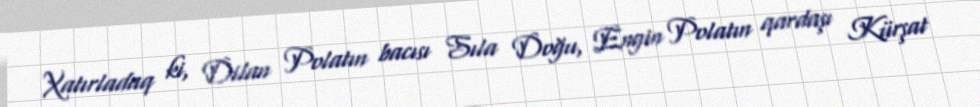
Xatırladaq ki, Dilan Polatın bacısı Sıla Doğu, Engin Polatın qardaşı Kürşat